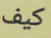
كيف